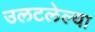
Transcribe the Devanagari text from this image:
उलटलेल्या